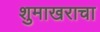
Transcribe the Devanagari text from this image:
शुमाखराचा